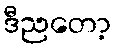
ဒီညတော့